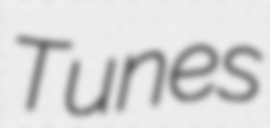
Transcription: Tunes